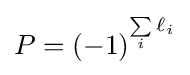
P={{\left(-1\right)}^{{\underset {i}{\mathop {\sum } }}\,{\ell _{i}}}}